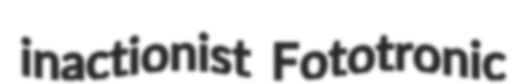
inactionist Fototronic